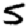
Digit: 5